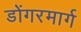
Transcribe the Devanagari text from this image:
डोंगरमार्ग